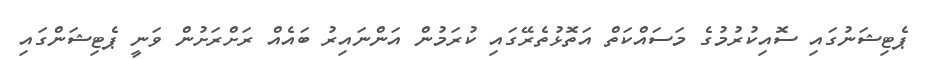
ޕެޓިޝަނުގައި ސޮއިކުރުމުގެ މަސައްކަތް އަތޮޅުތެރޭގައި ކުރަމުން އަންނައިރު ބައެއް ރަށްރަށުން ވަނީ ޕެޓިޝަންގައި